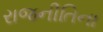
રાજનીતિના